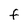
Character: F